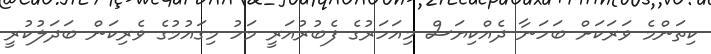
ކިތަންމެ ވަރަކަށް ބަހަނާ ދެއްކިޔަސް މިއަހަރުގެ ފެބުރުއަރީ މަހު މިގައުމުގެ ވެރިކަން ބަދަލުކުރީ